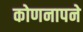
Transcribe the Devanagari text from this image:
कोणनापने